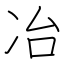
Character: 冶